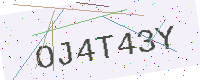
Text: OJ4T43Y